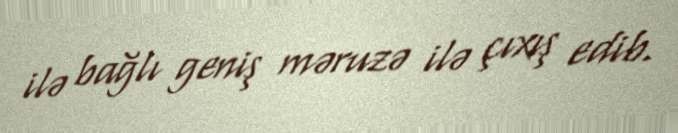
ilə bağlı geniş məruzə ilə çıxış edib.